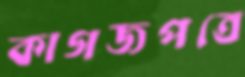
কাগজপত্রে